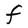
Character: F